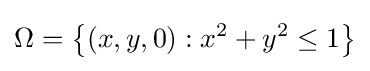
\Omega =\left\{(x,y,0):x^{2}+y^{2}\leq 1\right\}